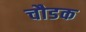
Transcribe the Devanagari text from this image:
चौडक